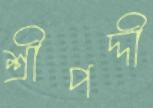
শ্রীপদ্দী